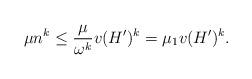
LaTeX: \begin{align*} \mu n^k \leq \frac{\mu}{\omega^k} v(H')^k = \mu_1 v(H')^k.\end{align*}